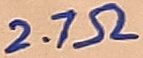
Text: 2.7Ω